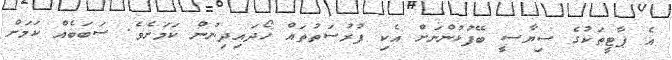
އެ ޕާޓީތަކުގެ ސިޔާސީ ބޭފުޅުންނަށް އެކި ފުރުސަތުތައް ހޯދައިދިނުން ކަމަށެވެ. ސަބަބެއް ކަމަށް